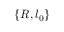
\{ R , l _ { 0 } \}